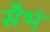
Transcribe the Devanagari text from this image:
सैभं